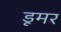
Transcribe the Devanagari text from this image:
डूमर